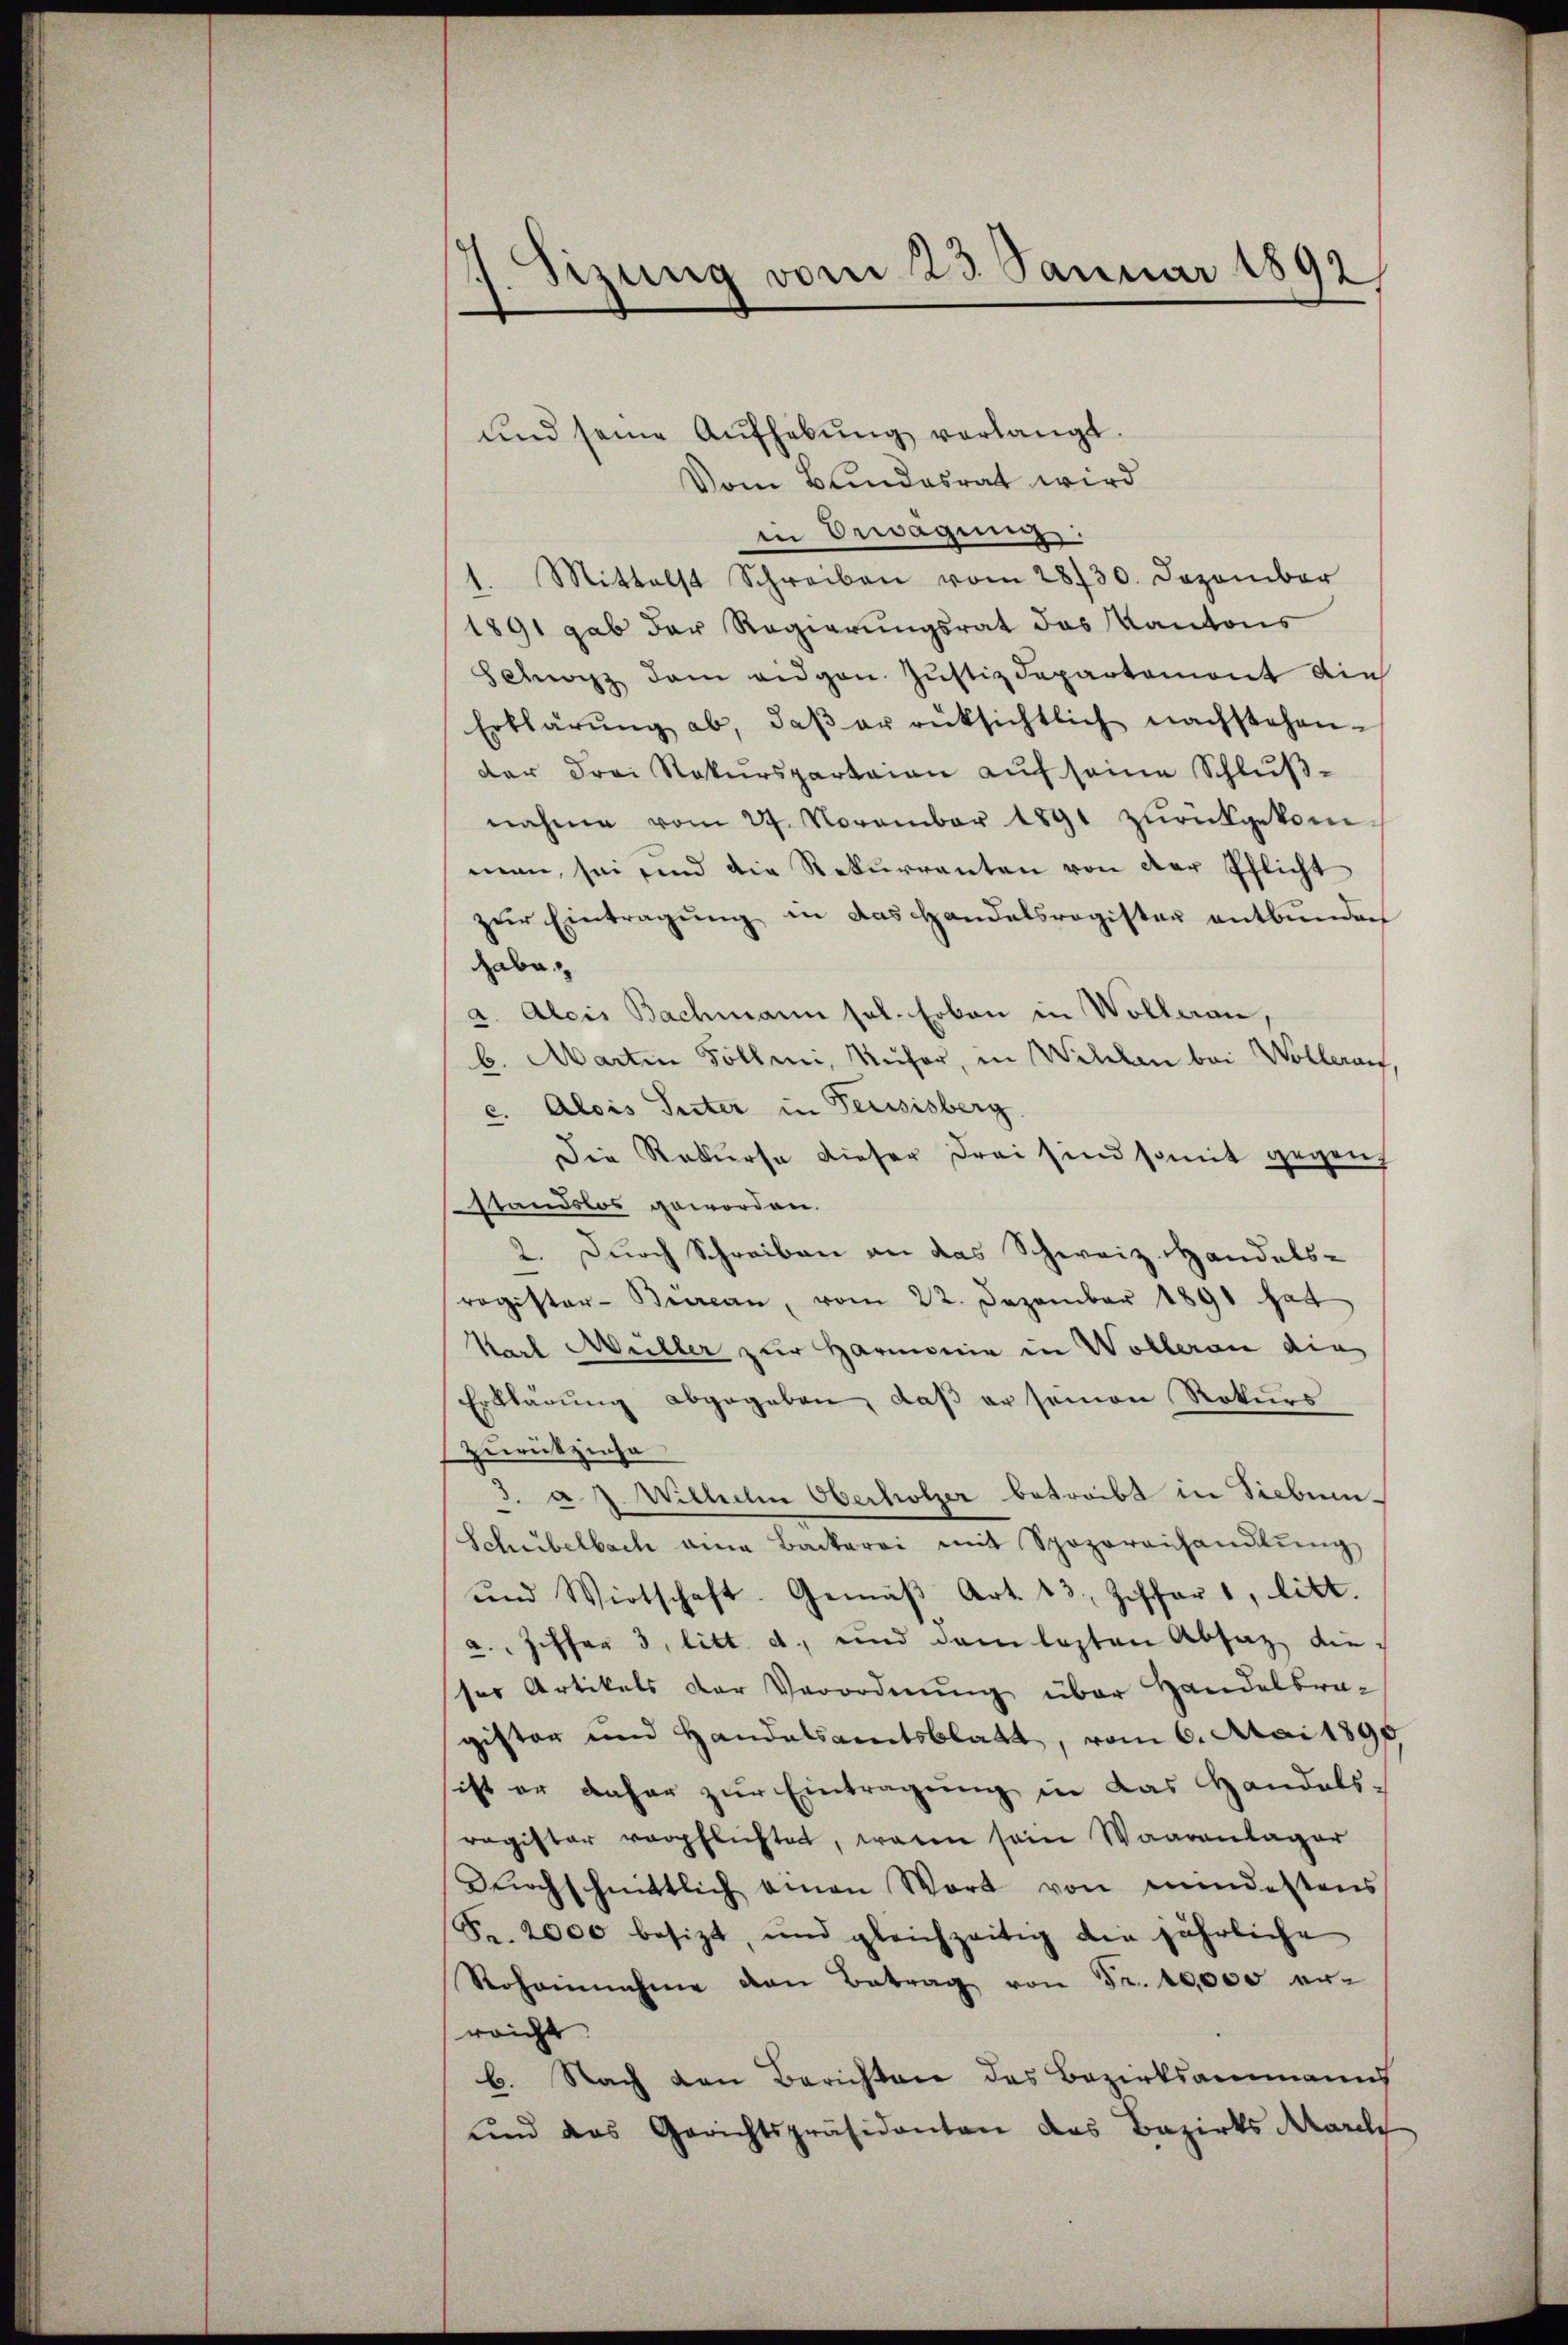
J. Sizung vom 23. Januar 1892

und seine Aŭfhebŭng verlangt.
Vom Bundesrat wird
in Bewegung:
1. Mittelst Schreiben vom 28/30. Dezember
1891 gab der Regierungsrat das Kantons
Schwarz dem eidgen. Justizdepartemont die
Erklärung ab, daß er rüksichtlich nachstehender drei Rekursparteien auf seine Schlußnahme vom 24. November 1891 zŭrückgekom-
men, sei sind die Rekurrenten von der Pflicht
zŭr Eintragŭng in das Handelsregister entbunden
habe,
a. Alois Bachmann sol. Erben in Wollerau
b. Martin Follmi, Küfer, in Wilcken bei Wollerauf,
c. Alois Suter in Feusisberg
Die Rekurse dieser drei sind somit gegen
standslos geworden.
2. Durch Schreiben an das Schweiz. Handels-
register-Büreau, vom 22. Dezember 1891 hat
Karl Müller zur Harmonie in Wolleran die
Erklärung abgegeben, daß er seinen Rekurs
zurückziehe
3. a. g. Wilhelm Oberholzer betreibt in Siebun¬
Schübelbach am Backerei mit Spozorenhandlŭng
und Wirtschaft. Gemäβ Art. 13, Ziffers, litt.
a.. Ziffer 3. litt. d. und dem lezten Absaz dieser Artikels der Verordnŭng über Handelbra-
gister und Handelsamtsblatt, vom 6. Mai 1890
ist er daher zur Eintragung in das Handels-
ragister verpflichtet, wenn sein Waarenlager
Durchschnittlich einen Wort von mindestens
Fr. 2000 besizt, und gleichzeitig die jährliche
Rohannahme den Betrag von Fr. 10,000 erreicht.
b. Nach den Berichten des Bezirksammanns
und das Gerichtspräsidenten des Bezirks March